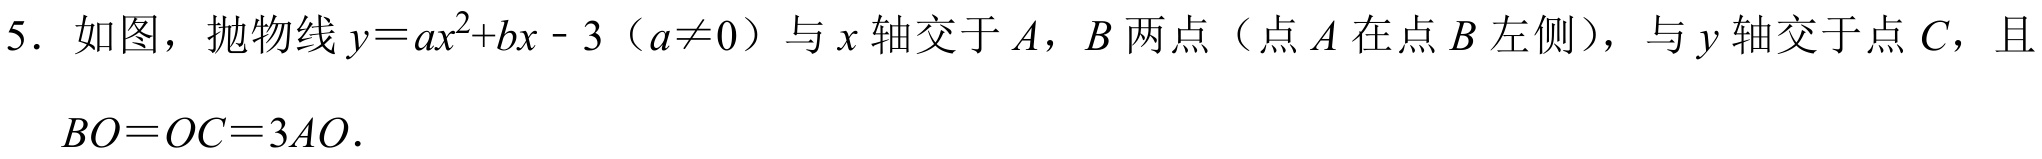
5. 如图，抛物线\(y = ax^{2}+bx - 3\)（\(a\neq0\)）与\(x\)轴交于\(A，B\)两点（点\(A\)在点\(B\)左侧），与\(y\)轴交于点\(C\)，且\(BO = OC = 3AO\).